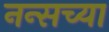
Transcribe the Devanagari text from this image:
नन्सच्या